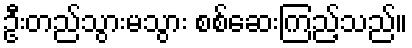
ဦးတည်သွားမသွား စစ်ဆေးကြည့်သည်။